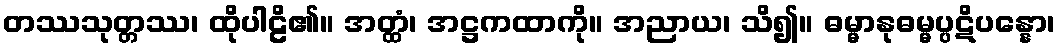
တဿသုတ္တဿ၊ ထိုပါဠိ၏။ အတ္ထံ၊ အဋ္ဌကထာကို။ အညာယ၊ သိ၍။ ဓမ္မာနုဓမ္မပ္ပဋိပန္နော၊